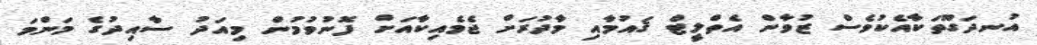
އުނދަގޫތަކާއެކުވެސް ޒުވާން އެތްލީޓް ޤައުމާއި މާދުރަށް ޖެމެއިކާއަށް ފޮނުވުމުން މިއަދު ސާއިދުގެ މަންމަ